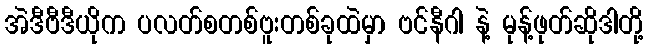
အဲဒီဗီဒီယိုက ပလတ်စတစ်ဗူးတစ်ခုထဲမှာ ဗင်နီဂါ နဲ့ မုန့်ဖုတ်ဆိုဒါတို့